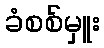
ခံစစ်မှူး